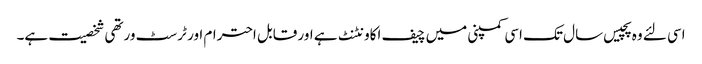
اسی لئے وہ پچیس سال تک اسی کمپنی میں چیف اکاونٹنٹ ہے اور قابل احترام اور ٹرسٹ ورتھی شخصیت ہے۔